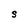
Character: S